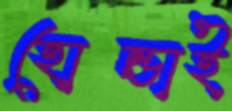
হোন্ডাই